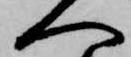
へ